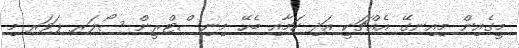
މީގެއިން މިއިނގޭ އެއްޗަކީ އަދި ކަމާއި ބެހޭ މިނިސްޓްރީން ސޯލަރ ޕަވަރ މި